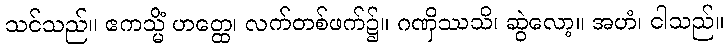
သင်သည်။ ဧကသ္မိံ ဟတ္ထေ၊ လက်တစ်ဖက်၌။ ဂဏှိဿသိ၊ ဆွဲလော့။ အဟံ၊ ငါသည်။